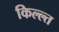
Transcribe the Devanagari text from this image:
किल्ल्त